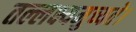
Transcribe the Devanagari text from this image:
तल्लक्ष्यमुच्यते।